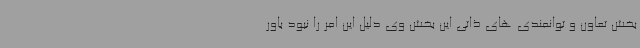
بخش تعاون و توانمندی های ذاتی این بخش وی دلیل این امر را نبود باور